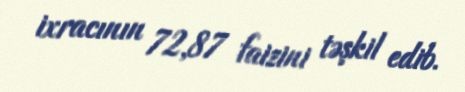
ixracının 72,87 faizini təşkil edib.